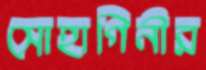
সোহাগিনীর